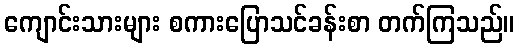
ကျောင်းသားများ စကားပြောသင်ခန်းစာ တက်ကြသည်။